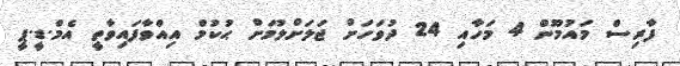
ފާރިސް މައުމޫން 4 މަހާއި 24 ދުވަހަށް ޖަލަށްލުމަށް ޙުކުމް އިއްވާފައިވާތީ އެމް.ޑީ.ޕީ